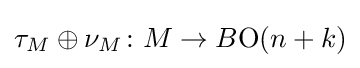
\tau _{M}\oplus \nu _{M}\colon M\to B{\textrm {O}}(n+k)